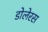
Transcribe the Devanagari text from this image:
डोलेरस